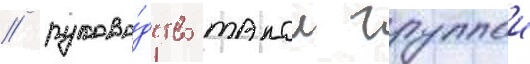
/ руково́дство такои группои